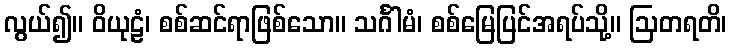
လွယ်၍။ ဝိယုဠံ၊ စစ်ဆင်ရာဖြစ်သော။ သင်္ဂါမံ၊ စစ်မြေပြင်အရပ်သို့။ ဩတရတိ၊